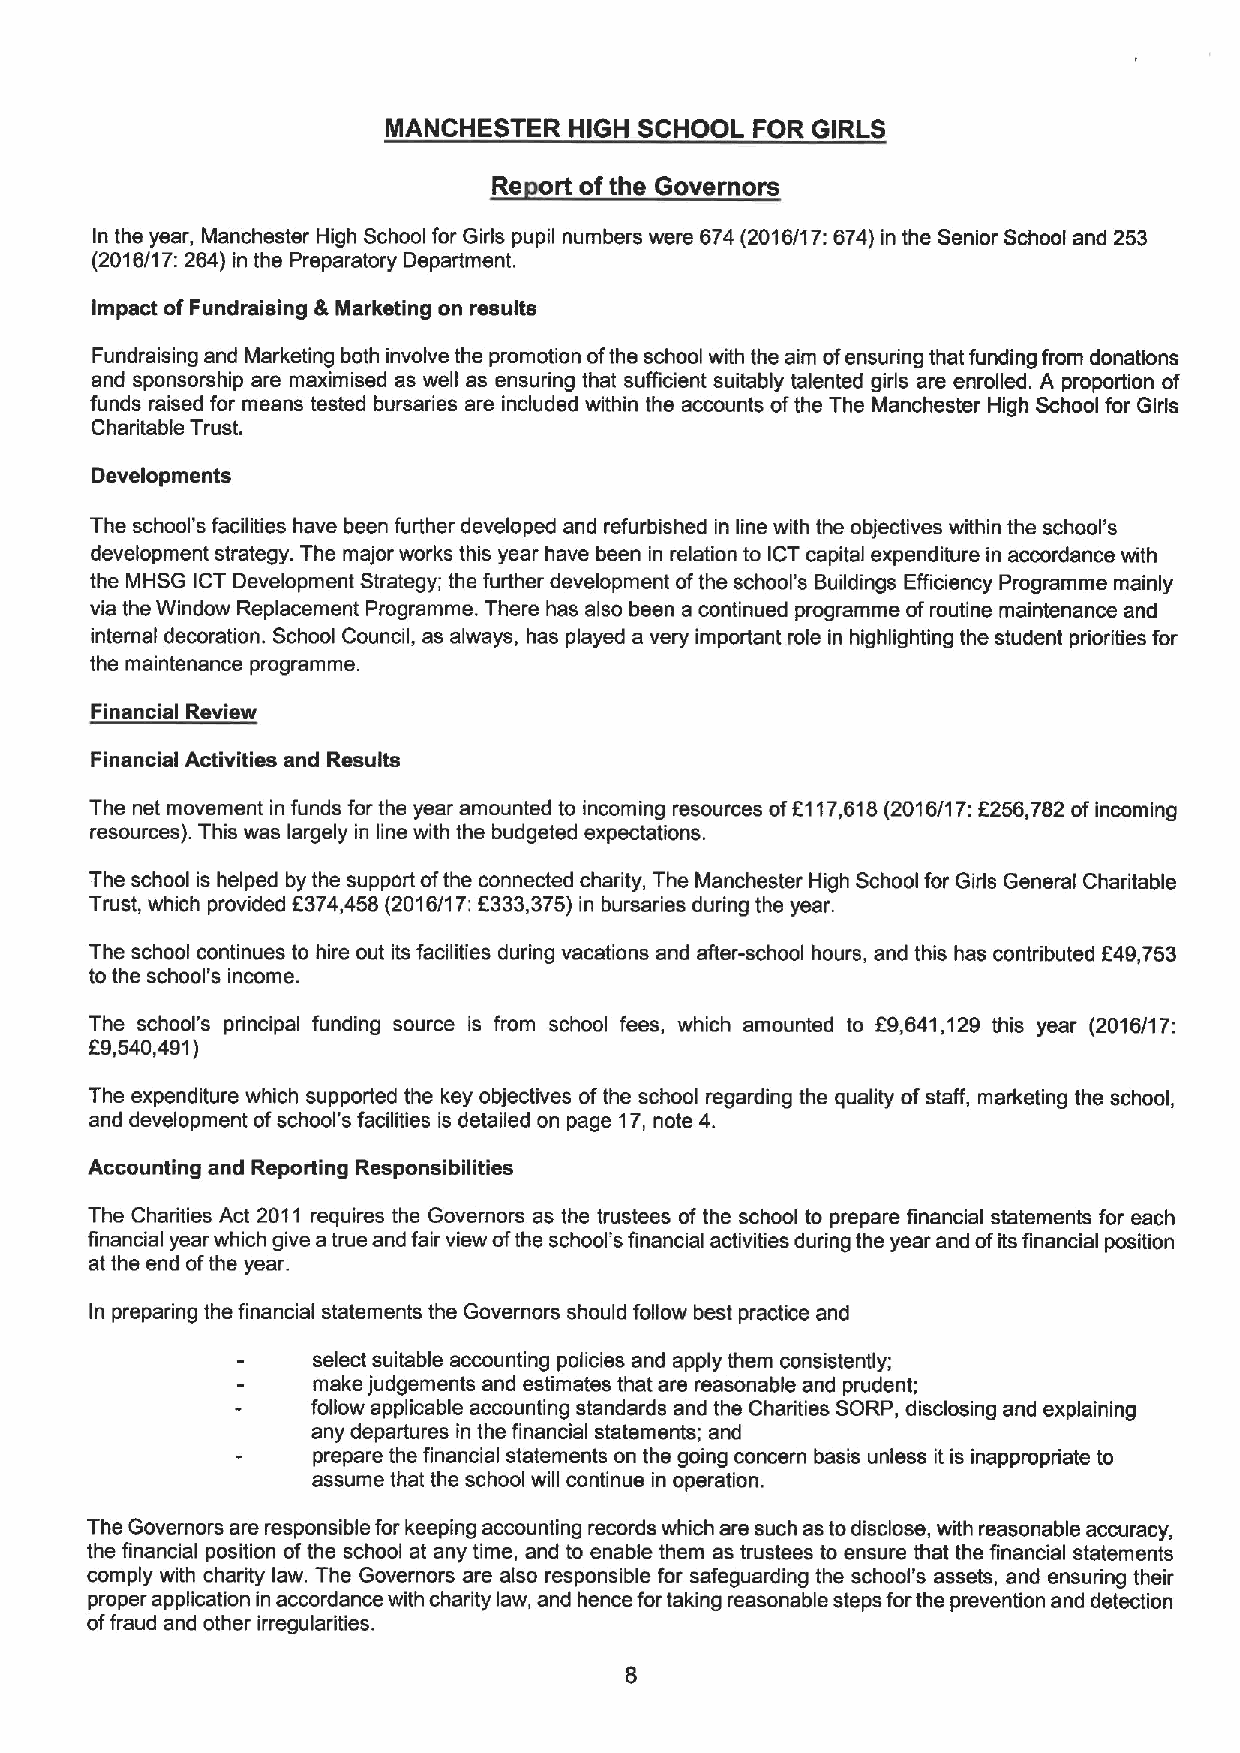
MANCHESTER  HIGH SCHOOL FOR GIRLS
 Re  rt ofthe Governors
 In the year, Manchester High School for Girls pupil numbers were 674 (2016/17:674) in the Senior School and 253
 (2016/17:264) in the Preparatory Department.
 Impact ofFundraising &Marketing on results
 Fundraising and Marketing both involve the promotion ofthe school with the aim ofensuring that funding from donations
 and sponsorship are maximised as well as ensuring that sufficient suitably talented girls are enrolled. A proportion of
 funds raised for means tested bursaries are included within the accounts ofthe The Manchester High School for Girls
 Charitable Trust.
 Developments
 The school's facilities have been further developed and refurbished in line with the objectives within the school's
 development strategy. The major works this year have been in relation to ICT capital expenditure in accordance with
 the MHSG ICT Development Strategy; the further development ofthe school's Buildings Efficiency Programme mainly
 via the Window Replacement Programme. There has also been a continued programme ofroutine maintenance and
 internal decoration. School Council, as always, has played a very important role in highlighting the student priorities for
 the maintenance programme.
 Financial Review
 Financial Activities and Results
 The net movement in funds for the year amounted to incoming resources ofK117,618(2016/17:K256,782 ofincoming
 resources). This was largely in line with the budgeted expectations.
 The school is helped by the support ofthe connected charity, The Manchester High School for Girls General Charitable
 Trust, which provided K374,458 (2016/17:K333,375)in bursaries during the year.
 The school continues to hire out its facilities during vacations and after-school hours, and this has contributed K49,753
 to the school's income.
 The school's principal funding source is from school fees, which amounted to K9,641,129 this year (2016/17:
 K9,540,491)
 The expenditure which supported the key objectives ofthe school regarding the quality ofstaff, marketing the school,
 and development ofschool's facilities is detailed on page 17,note 4.
 Accounting and Reporting Responsibilities
 The Charities Act 2011 requires the Governors as the trustees of the school to prepare financial statements for each
 financial year which give atrue and fair view ofthe school's financial activities during the year and ofits financial position
 at the end ofthe year.
 In preparing the financial statements the Governors should follow best practice and
 select suitable accounting policies and apply them consistently;
 make judgements and estimates that are reasonable and prudent;
 follow applicable accounting standards and the Charities SORP, disclosing and explaining
 any departures in the financial statements; and
 prepare the financial statements on the going concern basis unless it is inappropriate to
 assume that the school will continue in operation.
 The Governors are responsible for keeping accounting records which are such as todisclose, with reasonable accuracy,
 the financial position ofthe school at any time, and to enable them as trustees to ensure that the financial statements
 comply with charity law. The Governors are also responsible for safeguarding the school's assets, and ensuring their
 proper application in accordance with charity law, and hence fortaking reasonable steps forthe prevention and detection
 offraud and other irregularities.